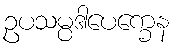
ဥပသမ္ပဒါပေက္ခေန